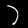
Digit: 7